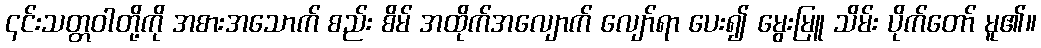
၎င်းသတ္တဝါတို့ကို အစားအသောက် စည်း စိမ် အထိုက်အလျောက် လျော်ရာ ပေး၍ မွေးမြူ သိမ်း ပိုက်တော် မူ၏။